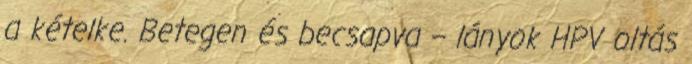
a kételke. Betegen és becsapva – lányok HPV oltás